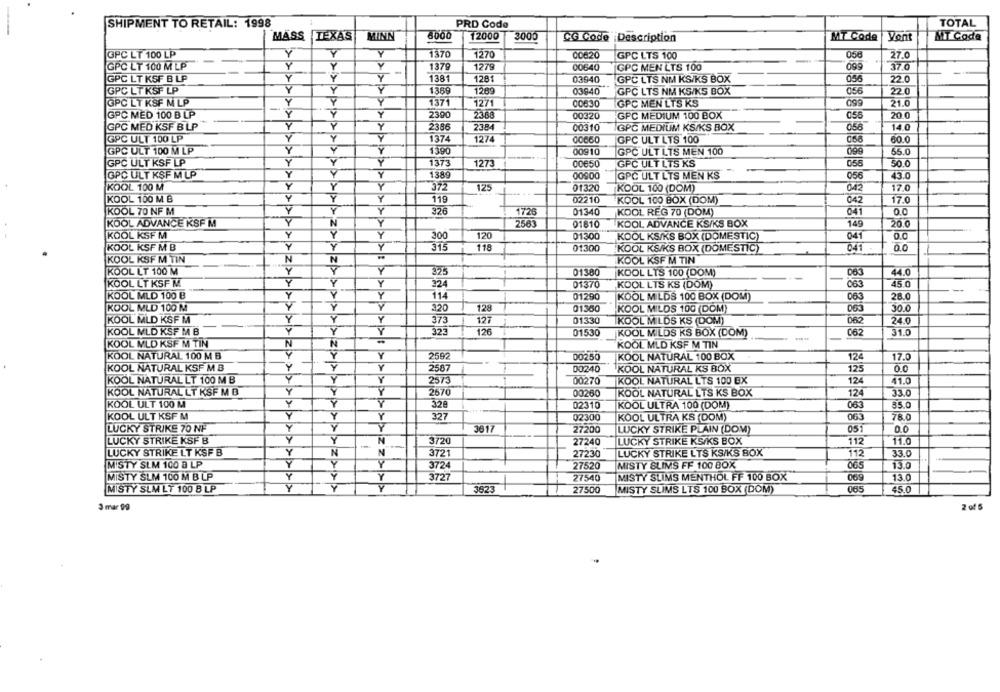
SHIPMENT TO RETAIL: 1998
PRD Code
TOTAL
6000
12000
MASS
TEXAS
MINN
3005
CG Code Description
MT Code
Vent
MT Coda
GPC LT 100 LP
Y
Y
1370
1270
00820
GPC LTS 100
27.0
GPC LT 100 M LP
Y
1379
1279
00640
GPC MEN LTS 100
099
37.0
GPC LT KSF B LP
Y
Y
Y
1381
1281
03640
GPC LTS NM KS/KS BOX
22.0
GPC LT KSF LP
Y
Y
Y
1369
120g
056
220
03940
GPC LTS NM KS/KS BOX
GPC LT KSF M LP
Y
1371
1271
00630
GPC MEN LTS KS
21.0
--
GPC MED 100 B LP
Y
Y
2390
2368
00320
GPC MEDIUM 100 BOX
055
20.0
GPC MED KSF BLP
Y
2386
2384
00310
IGPC MEDIUM KS/KS BOX
056
14.0
GPC ULT 100 LP
Y
Y
Y
1374
1274
00660
GPC ULT LTS 100
058
80.0
GPC ULT 100 M LP
Y
Y
Y
1390
00910
GPC ULT LTS MEN 100
099
65.0
GPC ULT KSF LP
Y
Y
1373
1273
00650
GPC ULT LTS KS
055
50.0
1389
GPC ULT KSF M LP
Y
00900
GPC ULT LTS MEN KS
056
43.0
KOOL 100 M
Y
Y
372
125
042
17.0
01320
KOOL 100 (DOM)
KOOL 100 M B
Y
Y
119
02210
KOOL 100 BOX (DOM)
042
17.0
KOOL 70 NF M
Y
Y
Y
326
1726
01340
KOOL REG 70 (DOM)
041
0.0
N
Y
KOOL ADVANCE KSF M
2563
01810
KOOL ADVANCE KS/KS BOX
149
20.0
KOOL KSF M
Y
Y
300
120
01300
KOOL KS/KS BOX (DOMESTIC)
041
0.0
KOOL KSF M B
Y
Y
Y
315
119
01300
KOOL KS/KS BOX (DOMESTIC)
041
0.0
KOOL KSF M TIN
N
N
KOOL KSF M TIN
KOOL LT 100 M
Y
Y
325
01380
KOOL LTS 100 (DOM)
44.0
KOOL LT KSF M
Y
Y
324
01370
KOOL LTS KS (DOM)
063
45 0
KOOL MLD 100 B
Y
Y
114
01290
KOOL MILDS 100 BOX (DOM)
063
28.0
KOOL MLD 100 M
Y
Y
320
128
01350
KOOL MILDS 100 (DOM)
065
30.0
Y
Y
KOOL MLD KSF M
-
373
127
01330
KOOL MILDS KS (DOM)
062
24.0
KOOL MLD KSF M B
Y
Y
Y
323
126
01530
062
31.0
KOOL MILDS KS BOX (DOM)
KOOL MLD KSF M TIN
N
N
KOOL MLD KSF M TIN
KOOL NATURAL 100 M B
Y
2592
00250
KOOL NATURAL 100 BOX
124
17.0
KOOL NATURAL KSF M B
Y
Y
2587
125
00240
KOOL NATURAL KS BOX
0.0
KOOL NATURAL LT 100 M B
Y
2573
00270
KOOL NATURAL LTS 100 EX
124
41.0
KOOL NATURAL LT KSF M B
Y
2670
00260
KOOL NATURAL LTS KS BOX
124
33.0
Y
KOOL ULT 100 M
Y
328
02310
KOOL ULTRA 100 (DOM)
063
35.0
KOOL ULT KSF M
Y
Y
327
02300
KOOL ULTRA KS (DOM)
063
78.0
LUCKY STRIKE 70 NF
Y
Y
3817
27200
LUCKY STRIKE PLAIN (DOM)
051
0.0
LUCKY STRIKE KSF B
Y
Y
N
3720
27240
LUCKY STRIKE KS/KS BOX
112
11.0
LUCKY STRIKE LT KSF B
Y
N
N
3721
27230
LUCKY STRIKE LTS KS/KS BOX
112
33.0
MISTY SLM 100 a LP
Y
Y
Y
3724
27520
MISTY SLIMS FF 100 BOX
065
13.0
MISTY SLM 100 M B LP
Y
Y
Y
3727
27540
MISTY SLIMS MENTHOL FF 100 BOX
069
13.0
1-
MISTY SLM LT 100 8 LP
3823
27500
MISTY SLIMS LTS 100 BOX (DOM)
065
45.0
3 mar 90
2 of 5